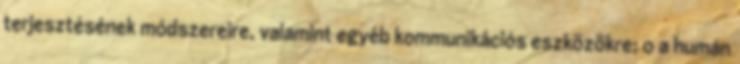
terjesztésének módszereire, valamint egyéb kommunikációs eszközökre; o a humán